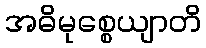
အဓိမုစ္စေယျာတိ